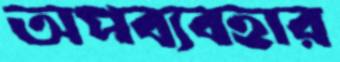
অপব্যবহার